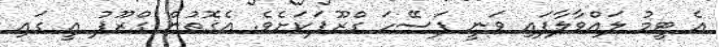
އެ ޓީމު ލައްވާލާފައި ވަނީ ފަސޭހަ ގްރޫޕަކަށެވެ. އެގޮތުން ގްރޫޕު އީ ގައި